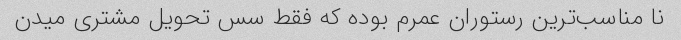
نا مناسب‌ترین رستوران عمرم بوده که فقط سس تحویل مشتری میدن